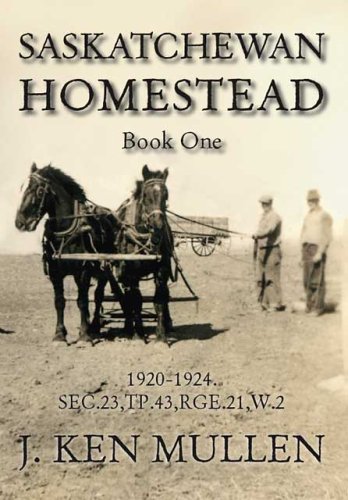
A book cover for Saskatchewan Homestead - Book One: 1920-1924; J. Ken Mullen; Biographies & Memoirs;